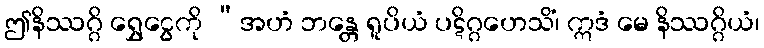
ဤနိဿဂ္ဂိ ရွှေငွေကို “အဟံ ဘန္တေ ရူပိယံ ပဋိဂ္ဂဟေသိံ၊ ဣဒံ မေ နိဿဂ္ဂိယံ၊